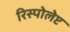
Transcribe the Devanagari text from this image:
रिस्पोलेप्ट